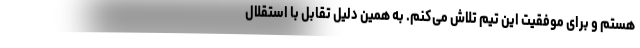
هستم و برای موفقیت این تیم تلاش می‌کنم. به همین دلیل تقابل با استقلال